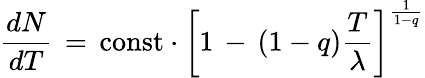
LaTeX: \frac{dN}{dT}\, =\, \mathrm{const}\cdot\left[1\, -\, (1-q)\frac{T}{\lambda}\right]^{\frac{1}{1-q}}